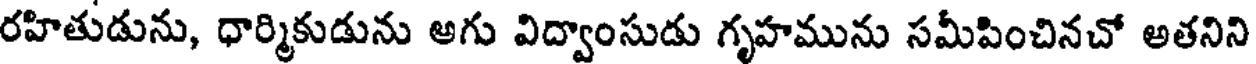
రహితుడును, ధార్మికుడును అగు విద్వాంసుడు గృహమును సమీపించినచో అతనిని